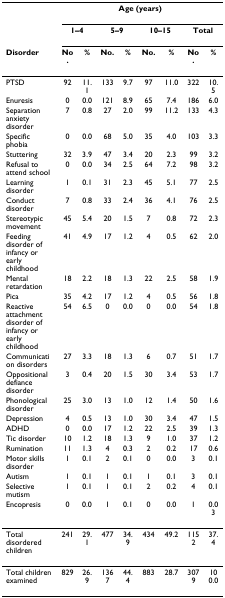
<table><thead><tr><td></td><td colspan="8"><b>Age (years)</b></td></tr><tr><td></td><td colspan="2"><b>1–4</b></td><td colspan="2"><b>5–9</b></td><td colspan="2"><b>10–15</b></td><td colspan="2"><b>Total</b></td></tr><tr><td><b>Disorder</b></td><td><b>No.</b></td><td><b>%</b></td><td><b>No.</b></td><td><b>%</b></td><td><b>No.</b></td><td><b>%</b></td><td><b>No.</b></td><td><b>%</b></td></tr></thead><tbody><tr><td>PTSD</td><td>92</td><td>11.1</td><td>133</td><td>9.7</td><td>97</td><td>11.0</td><td>322</td><td>10.5</td></tr><tr><td>Enuresis</td><td>0</td><td>0.0</td><td>121</td><td>8.9</td><td>65</td><td>7.4</td><td>186</td><td>6.0</td></tr><tr><td>Separation anxiety disorder</td><td>7</td><td>0.8</td><td>27</td><td>2.0</td><td>99</td><td>11.2</td><td>133</td><td>4.3</td></tr><tr><td>Specific phobia</td><td>0</td><td>0.0</td><td>68</td><td>5.0</td><td>35</td><td>4.0</td><td>103</td><td>3.3</td></tr><tr><td>Stuttering</td><td>32</td><td>3.9</td><td>47</td><td>3.4</td><td>20</td><td>2.3</td><td>99</td><td>3.2</td></tr><tr><td>Refusal to attend school</td><td>0</td><td>0.0</td><td>34</td><td>2.5</td><td>64</td><td>7.2</td><td>98</td><td>3.2</td></tr><tr><td>Learning disorder</td><td>1</td><td>0.1</td><td>31</td><td>2.3</td><td>45</td><td>5.1</td><td>77</td><td>2.5</td></tr><tr><td>Conduct disorder</td><td>7</td><td>0.8</td><td>33</td><td>2.4</td><td>36</td><td>4.1</td><td>76</td><td>2.5</td></tr><tr><td>Stereotypic movement</td><td>45</td><td>5.4</td><td>20</td><td>1.5</td><td>7</td><td>0.8</td><td>72</td><td>2.3</td></tr><tr><td>Feeding disorder of infancy or early childhood</td><td>41</td><td>4.9</td><td>17</td><td>1.2</td><td>4</td><td>0.5</td><td>62</td><td>2.0</td></tr><tr><td>Mental retardation</td><td>18</td><td>2.2</td><td>18</td><td>1.3</td><td>22</td><td>2.5</td><td>58</td><td>1.9</td></tr><tr><td>Pica</td><td>35</td><td>4.2</td><td>17</td><td>1.2</td><td>4</td><td>0.5</td><td>56</td><td>1.8</td></tr><tr><td>Reactive attachment disorder of infancy or early childhood</td><td>54</td><td>6.5</td><td>0</td><td>0.0</td><td>0</td><td>0.0</td><td>54</td><td>1.8</td></tr><tr><td>Communication disorders</td><td>27</td><td>3.3</td><td>18</td><td>1.3</td><td>6</td><td>0.7</td><td>51</td><td>1.7</td></tr><tr><td>Oppositional defiance disorder</td><td>3</td><td>0.4</td><td>20</td><td>1.5</td><td>30</td><td>3.4</td><td>53</td><td>1.7</td></tr><tr><td>Phonological disorder</td><td>25</td><td>3.0</td><td>13</td><td>1.0</td><td>12</td><td>1.4</td><td>50</td><td>1.6</td></tr><tr><td>Depression</td><td>4</td><td>0.5</td><td>13</td><td>1.0</td><td>30</td><td>3.4</td><td>47</td><td>1.5</td></tr><tr><td>ADHD</td><td>0</td><td>0.0</td><td>17</td><td>1.2</td><td>22</td><td>2.5</td><td>39</td><td>1.3</td></tr><tr><td>Tic disorder</td><td>10</td><td>1.2</td><td>18</td><td>1.3</td><td>9</td><td>1.0</td><td>37</td><td>1.2</td></tr><tr><td>Rumination</td><td>11</td><td>1.3</td><td>4</td><td>0.3</td><td>2</td><td>0.2</td><td>17</td><td>0.6</td></tr><tr><td>Motor skills disorder</td><td>1</td><td>0.1</td><td>2</td><td>0.1</td><td>0</td><td>0.0</td><td>3</td><td>0.1</td></tr><tr><td>Autism</td><td>1</td><td>0.1</td><td>1</td><td>0.1</td><td>1</td><td>0.1</td><td>3</td><td>0.1</td></tr><tr><td>Selective mutism</td><td>1</td><td>0.1</td><td>1</td><td>0.1</td><td>2</td><td>0.2</td><td>4</td><td>0.1</td></tr><tr><td>Encopresis</td><td>0</td><td>0.0</td><td>1</td><td>0.1</td><td>0</td><td>0.0</td><td>1</td><td>0.03</td></tr><tr><td>Total disordered children</td><td>241</td><td>29.1</td><td>477</td><td>34.9</td><td>434</td><td>49.2</td><td>1152</td><td>37.4</td></tr><tr><td>Total children examined</td><td>829</td><td>26.9</td><td>1367</td><td>44.4</td><td>883</td><td>28.7</td><td>3079</td><td>100.0</td></tr></tbody></table>